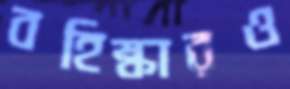
বহিষ্কারও